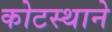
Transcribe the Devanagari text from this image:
कोटस्थाने